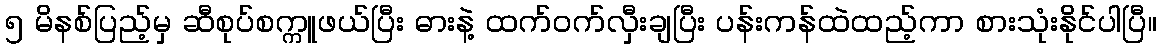
၅ မိနစ်ပြည့်မှ ဆီစုပ်စက္ကူဖယ်ပြီး ဓားနဲ့ ထက်ဝက်လှီးချပြီး ပန်းကန်ထဲထည့်ကာ စားသုံးနိုင်ပါပြီ။